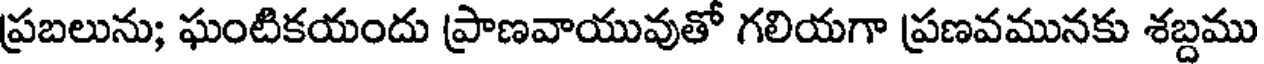
ప్రబలును; ఘంటికయందు ప్రాణవాయువుతో గలియగా ప్రణవమునకు శబ్దము